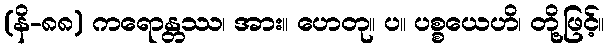
(နိ-၈၈) ကရောန္တဿ၊ အား။ ဟေတု။ ပ။ ပစ္စယေဟိ၊ တို့ဖြင့်။